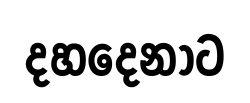
දහදෙනාට